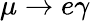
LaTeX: \mu\rightarrow e\gamma